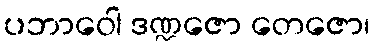
ပဘာဝေါ ဒဏ္ဍဇော တေဇော၊